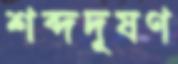
শব্দদূষণ